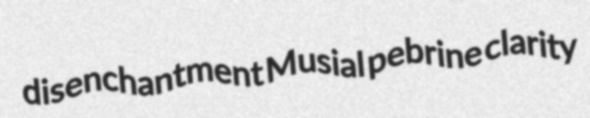
disenchantment Musial pebrine clarity